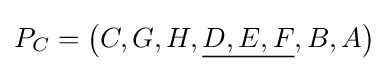
P_{C}=\left(C,G,H,{\underline {D,E,F}},B,A\right)